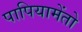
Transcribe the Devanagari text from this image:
पापियामेंतो